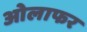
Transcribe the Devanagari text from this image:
ओलाफर